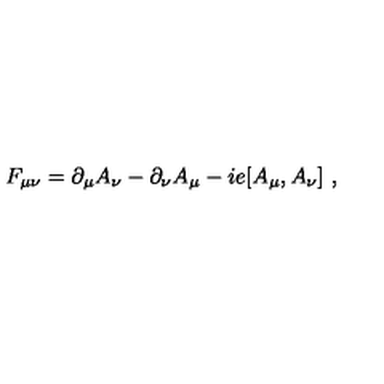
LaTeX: F _ { \mu \nu } = \partial _ { \mu } A _ { \nu } - \partial _ { \nu } A _ { \mu } - i e [ A _ { \mu } , A _ { \nu } ] \ ,